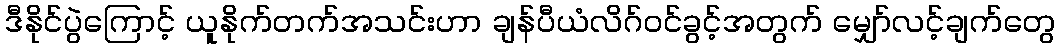
ဒီနိုင်ပွဲကြောင့် ယူနိုက်တက်အသင်းဟာ ချန်ပီယံလိဂ်ဝင်ခွင့်အတွက် မျှော်လင့်ချက်တွေ